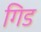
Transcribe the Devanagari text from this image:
गिड